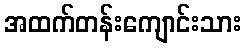
အထက်တန်းကျောင်းသား